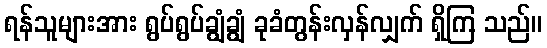
ရန်သူများအား ရွပ်ရွပ်ချွံချွံ ခုခံတွန်းလှန်လျှက် ရှိကြ သည်။